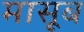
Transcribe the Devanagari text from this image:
मासूब